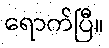
ရောက်ပြီ။